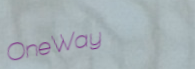
OneWay